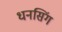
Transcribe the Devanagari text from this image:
धनसिंग